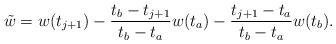
LaTeX: \begin{align*}\tilde w =w(t_{j+1})-\frac{t_b-t_{j+1}}{t_b-t_a}w(t_a)-\frac{t_{j+1}-t_a}{t_b-t_a}w(t_b).\end{align*}